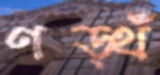
ণড়্থঁ